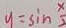
y = \sin \frac { x } { 3 }